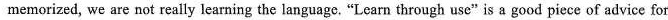
memorized, we are not really learning the language. "Learn through use" is a good piece of advice for